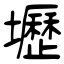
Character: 壢